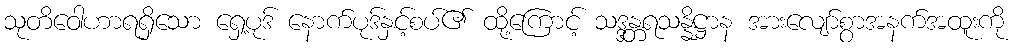
သုတိဝေါဟာရရှိသော ရှေ့ပုဒ် နောက်ပုဒ်နှင့်စပ်၏ ထို့ကြောင့် သဒ္ဒန္တရသန္နိဋ္ဌာန အားလျော်စွာအနက်အထူးကို